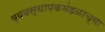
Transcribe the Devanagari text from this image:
व्यवस्थापकमंडळाच्या